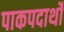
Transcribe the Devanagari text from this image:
पाकपदार्थो